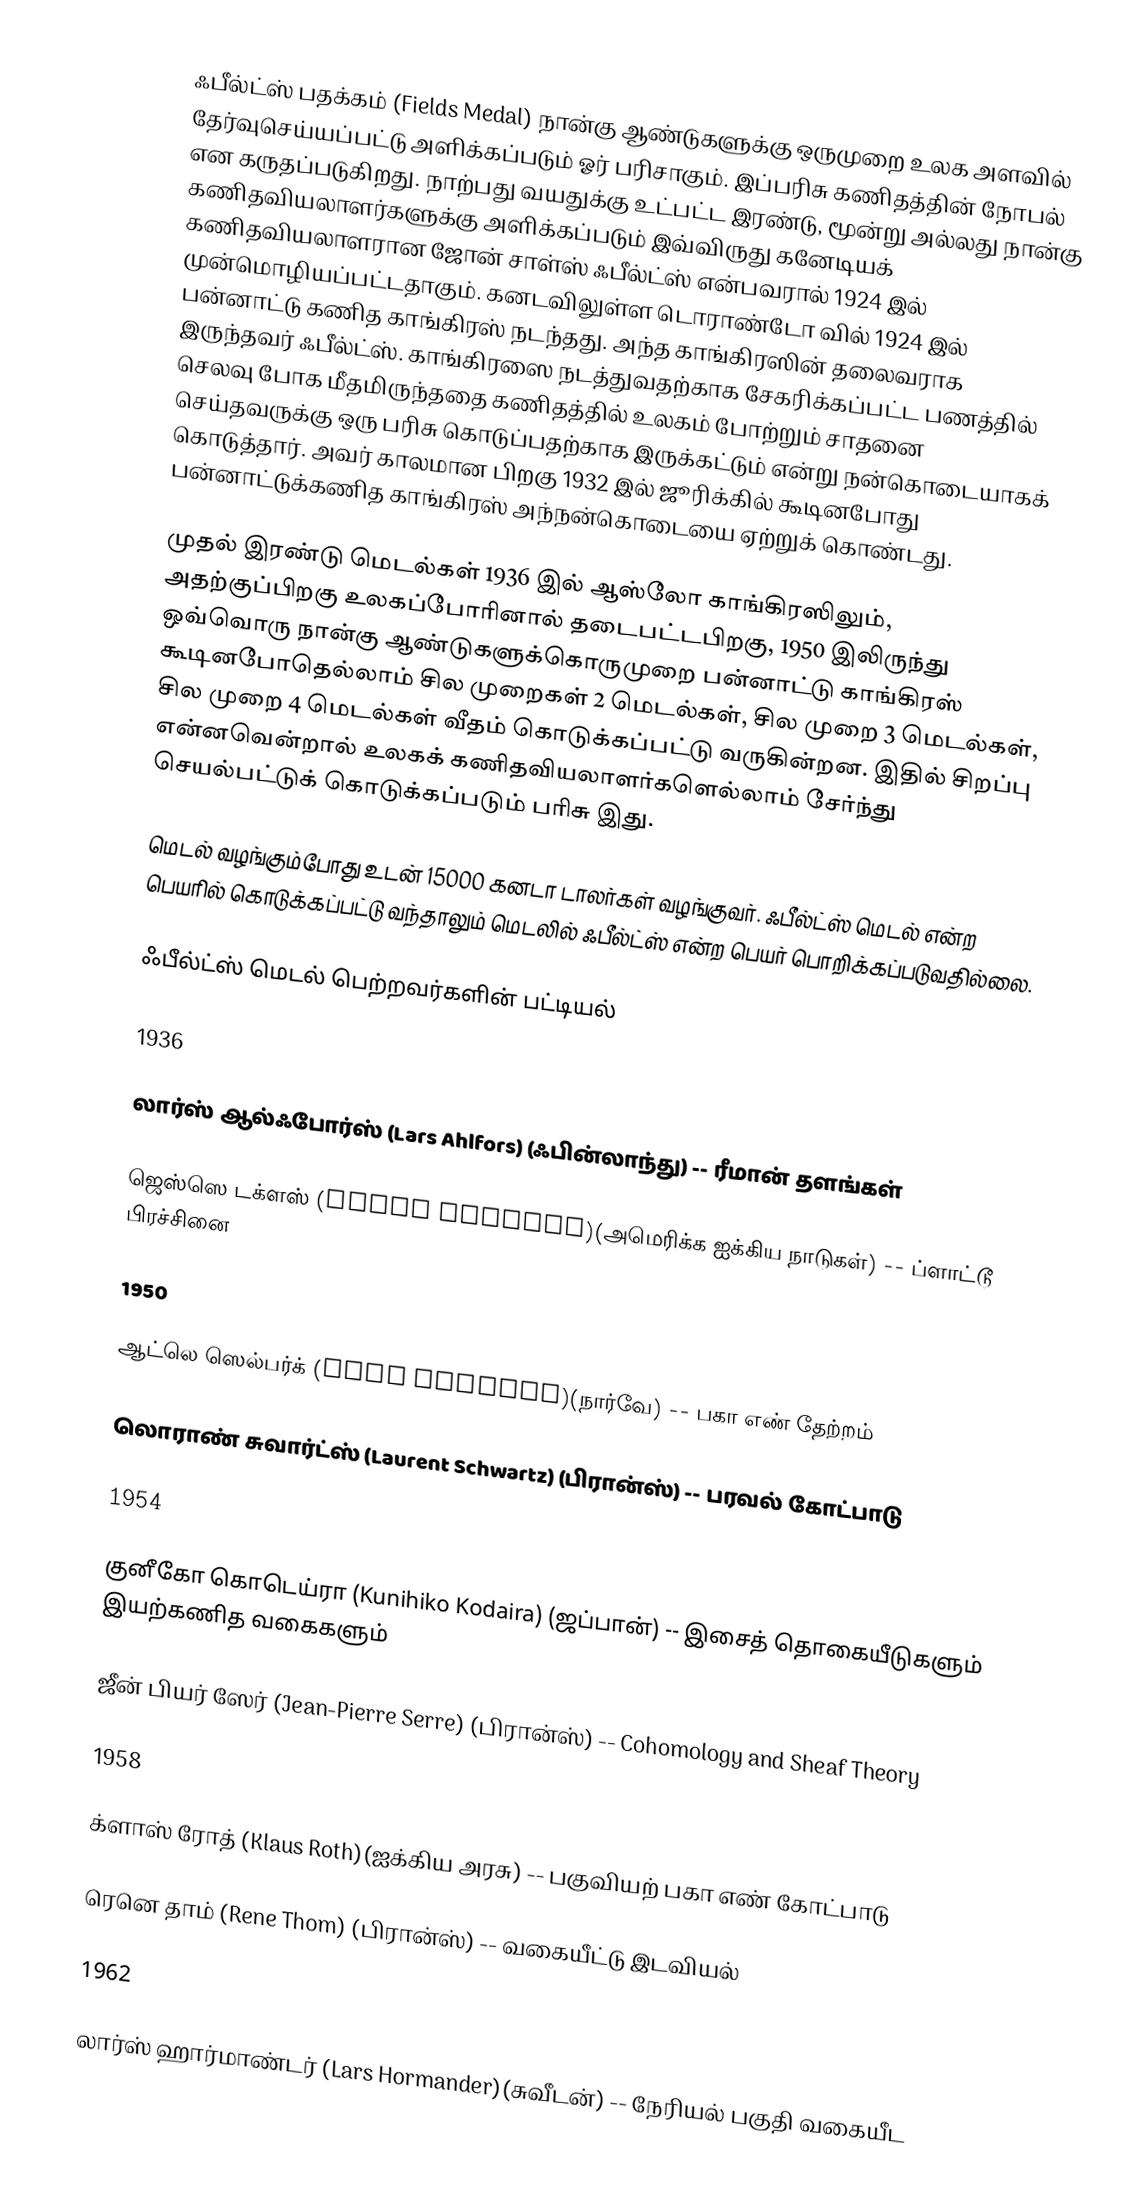
ஃபீல்ட்ஸ் பதக்கம் (Fields Medal) நான்கு ஆண்டுகளுக்கு ஒருமுறை உலக அளவில் தேர்வுசெய்யப்பட்டு அளிக்கப்படும் ஓர் பரிசாகும். இப்பரிசு கணிதத்தின் நோபல் என கருதப்படுகிறது. நாற்பது வயதுக்கு உட்பட்ட இரண்டு, மூன்று அல்லது நான்கு கணிதவியலாளர்களுக்கு அளிக்கப்படும் இவ்விருது கனேடியக் கணிதவியலாளரான ஜோன் சாள்ஸ் ஃபீல்ட்ஸ் என்பவரால் 1924 இல் முன்மொழியப்பட்டதாகும். கனடவிலுள்ள டொராண்டோ வில் 1924 இல் பன்னாட்டு கணித காங்கிரஸ் நடந்தது. அந்த காங்கிரஸின் தலைவராக இருந்தவர் ஃபீல்ட்ஸ். காங்கிரஸை நடத்துவதற்காக சேகரிக்கப்பட்ட பணத்தில் செலவு போக மீதமிருந்ததை கணிதத்தில் உலகம் போற்றும் சாதனை செய்தவருக்கு ஒரு பரிசு கொடுப்பதற்காக இருக்கட்டும் என்று நன்கொடையாகக் கொடுத்தார். அவர் காலமான பிறகு 1932 இல் ஜூரிக்கில் கூடினபோது பன்னாட்டுக்கணித காங்கிரஸ் அந்நன்கொடையை ஏற்றுக் கொண்டது.

முதல் இரண்டு மெடல்கள் 1936 இல் ஆஸ்லோ காங்கிரஸிலும், அதற்குப்பிறகு உலகப்போரினால் தடைபட்டபிறகு, 1950 இலிருந்து ஒவ்வொரு நான்கு ஆண்டுகளுக்கொருமுறை பன்னாட்டு காங்கிரஸ் கூடினபோதெல்லாம் சில முறைகள் 2 மெடல்கள், சில முறை 3 மெடல்கள், சில முறை 4 மெடல்கள் வீதம் கொடுக்கப்பட்டு வருகின்றன. இதில் சிறப்பு என்னவென்றால் உலகக் கணிதவியலாளர்களெல்லாம் சேர்ந்து செயல்பட்டுக் கொடுக்கப்படும் பரிசு இது.

மெடல் வழங்கும்போது உடன் 15000 கனடா டாலர்கள் வழங்குவர். ஃபீல்ட்ஸ் மெடல் என்ற பெயரில் கொடுக்கப்பட்டு வந்தாலும் மெடலில் ஃபீல்ட்ஸ் என்ற பெயர் பொறிக்கப்படுவதில்லை.

ஃபீல்ட்ஸ் மெடல் பெற்றவர்களின் பட்டியல்

1936

 லார்ஸ் ஆல்ஃபோர்ஸ் (Lars Ahlfors) (ஃபின்லாந்து) -- ரீமான் தளங்கள்

 ஜெஸ்ஸெ டக்ளஸ் (Jesse Douglas)(அமெரிக்க ஐக்கிய நாடுகள்) -- ப்ளாட்டூ பிரச்சினை

1950

 ஆட்லெ ஸெல்பர்க் (Atle Selberg)(நார்வே) -- பகா எண் தேற்றம்

 லொராண் சுவார்ட்ஸ் (Laurent Schwartz) (பிரான்ஸ்) -- பரவல் கோட்பாடு

1954

 குனீகோ கொடெய்ரா (Kunihiko Kodaira) (ஜப்பான்) -- இசைத் தொகையீடுகளும் இயற்கணித வகைகளும்

 ஜீன் பியர் ஸேர் (Jean-Pierre Serre) (பிரான்ஸ்) -- Cohomology and Sheaf Theory

1958

 க்ளாஸ் ரோத் (Klaus Roth)(ஐக்கிய அரசு) -- பகுவியற் பகா எண் கோட்பாடு

 ரெனெ தாம் (Rene Thom) (பிரான்ஸ்) -- வகையீட்டு இடவியல்

1962

 லார்ஸ் ஹார்மாண்டர் (Lars Hormander)(சுவீடன்) -- நேரியல் பகுதி வகையீட